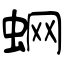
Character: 蛧